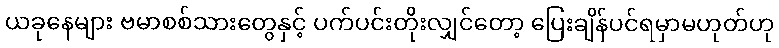
ယခုနေများ ဗမာစစ်သားတွေနှင့် ပက်ပင်းတိုးလျှင်တော့ ပြေးချိန်ပင်ရမှာမဟုတ်ဟု